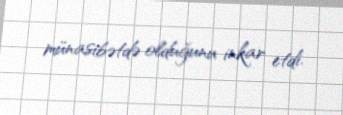
münasibətdə olduğunu inkar etdi.